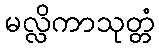
မလ္လိကာသုတ္တံ